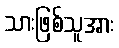
သားဖြစ်သူအား